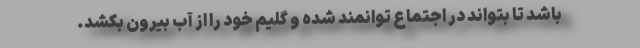
باشد تا بتواند در اجتماع توانمند شده و گلیم خود را از آب بیرون بکشد.